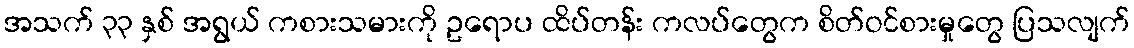
အသက် ၃၃ နှစ် အရွယ် ကစားသမားကို ဥရောပ ထိပ်တန်း ကလပ်တွေက စိတ်ဝင်စားမှုတွေ ပြသလျက်